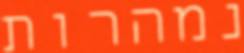
נמהרות